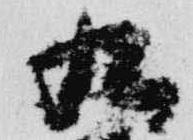
九